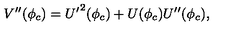
V ^ { \prime \prime } ( \phi _ { c } ) = { U ^ { \prime } } ^ { 2 } ( \phi _ { c } ) + U ( \phi _ { c } ) U ^ { \prime \prime } ( \phi _ { c } ) ,